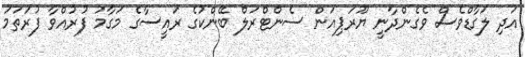
އަދި ލަގާޑްވެސް ވެގެންދާނީ ޔޫރަޕިއަން ސެންޓްރަލް ބޭންކުގެ ރައީސާގެ މަގާމު ފުރުއްވާ ފުރަތަމަ